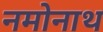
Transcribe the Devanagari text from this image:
नमोनाथ